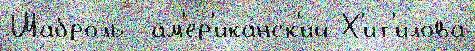
Шаброль  ам'ер'ика́нск'ий Х'ит'илова